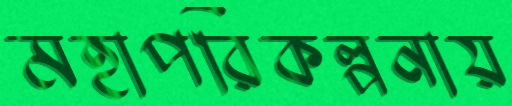
মহাপরিকল্পনায়